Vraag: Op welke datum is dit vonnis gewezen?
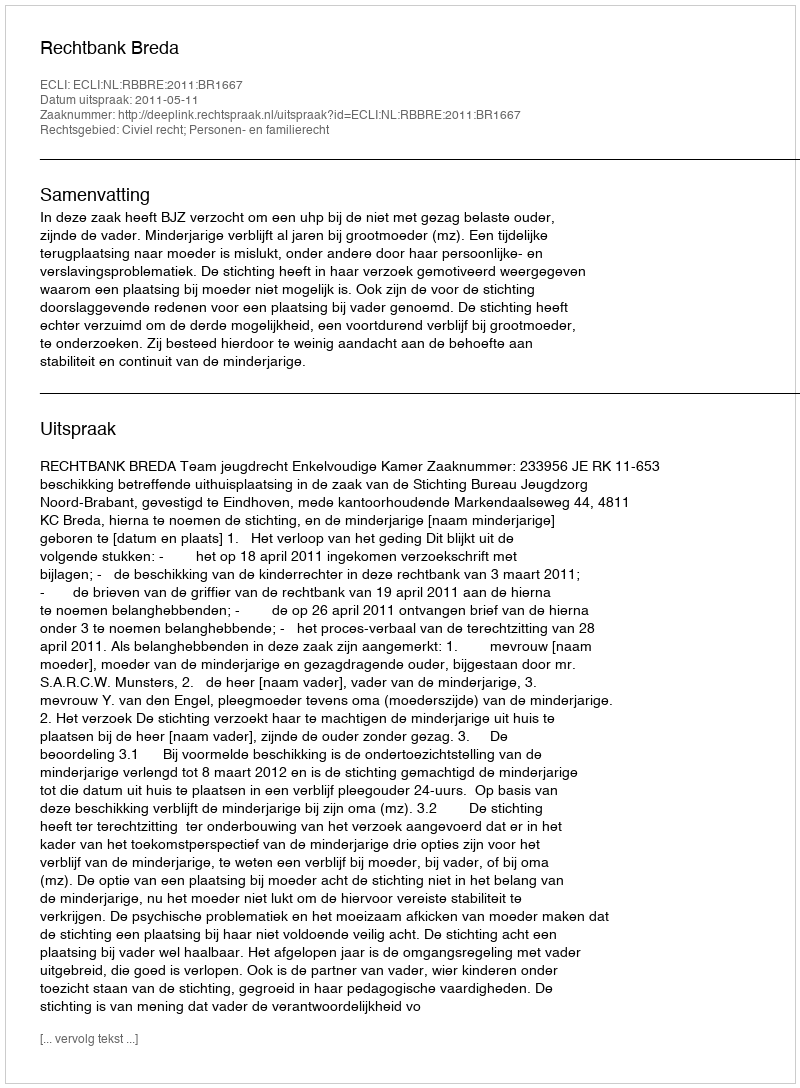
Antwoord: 2011-05-11